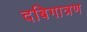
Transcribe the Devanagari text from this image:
दबिगात्रण